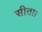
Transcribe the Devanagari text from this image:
सीता।